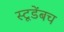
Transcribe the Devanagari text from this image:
स्टूडेंबच